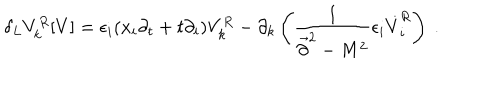
\delta _ { L } V _ { k } ^ { R } [ V ] = \epsilon _ { i } ( x _ { i } \partial _ { t } + t \partial _ { i } ) V _ { k } ^ { R } - \partial _ { k } \left( { \frac { 1 } { \vec { \partial } ^ { 2 } - M ^ { 2 } } } \epsilon _ { i } \dot { V } _ { i } ^ { R } \right) ~ .